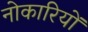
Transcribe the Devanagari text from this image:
नोकारियों